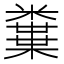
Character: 𥽒